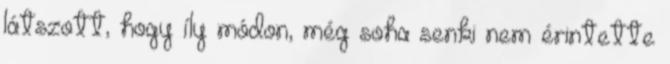
látszott, hogy íly módon, még soha senki nem érintette